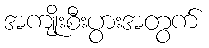
အကျိုးစီးပွားအတွက်